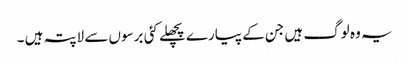
یہ وہ لوگ ہیں جن کے پیارے پچھلے کئی برسوں سے لاپتہ ہیں ۔